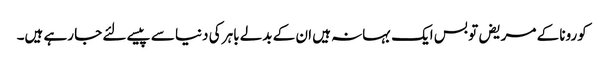
کورونا کے مریض تو بس ایک بہانہ ہیں ان کے بدلے باہر کی دنیا سے پیسے لئے جا رہے ہیں۔